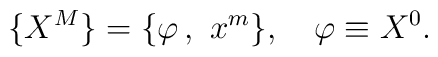
\{X^M\}=\{\varphi\, ,\ x^m\},\quad \varphi\equiv X^0.